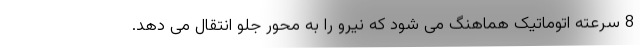
8 سرعته اتوماتیک هماهنگ می شود که نیرو را به محور جلو انتقال می دهد.